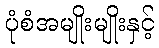
ပုံစံအမျိုးမျိုးနှင့်